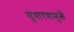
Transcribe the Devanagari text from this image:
सुधारणामुळे